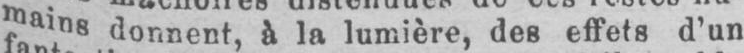
mains donnent, à la lumière, des effets d’un